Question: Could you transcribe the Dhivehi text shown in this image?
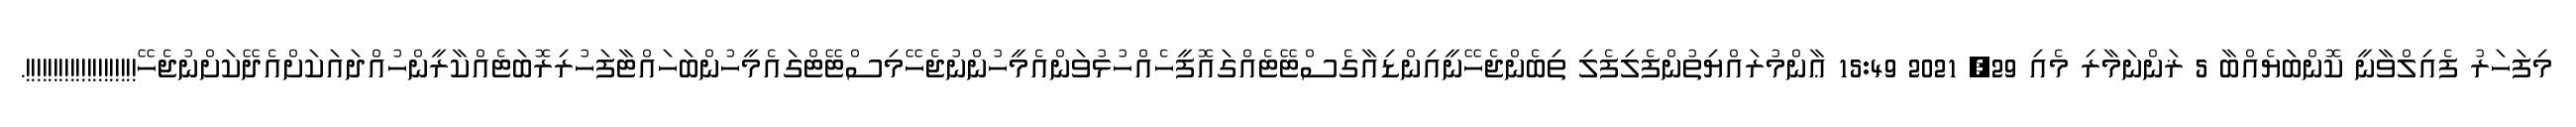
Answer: މިފަހަރު ފެއިލްވާނީ ކޮންބަޔެއްބާ 5 ޜަންނަމާރި މެއި 29, 2021 15:49 ޢާންމުރައްޔިތުންފެލިފެލި ތިބެންޖެހޭނީއިންޑިއާގެސްޓޭޓެއްގައޮފީހެއްހުޅުވަންއެމީހުންނުޖެހޭމިސްޓޭޓްގައެމީހުންބަހައްޓާފަހުރިރޮބަޓެއްކާރީންހުއްދައަކަށްއެދޭކަށްނުޖެހޭ!!!!!!!!!!!!!!!!!!!!.